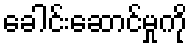
ခေါင်းဆောင်မှုကို